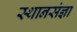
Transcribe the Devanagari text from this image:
स्थानसंज्ञा